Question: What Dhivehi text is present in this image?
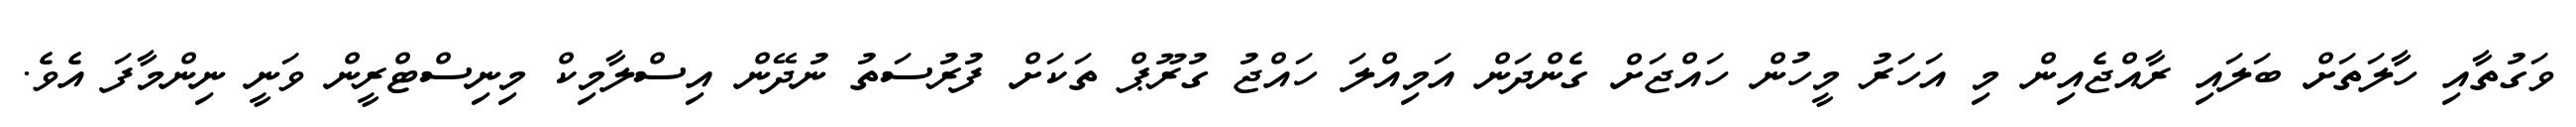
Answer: ވަގުތާއި ހާލަތަށް ބަލައި ރާއްޖެއިން މި އަހަރު މީހުން ހައްޖަށް ގެންދަން އަމިއްލަ ހައްޖު ގުރޫޕް ތަކަށް ފުރުސަތު ނުދޭން އިސްލާމިކް މިނިސްޓްރީން ވަނީ ނިންމާފަ އެވެ.